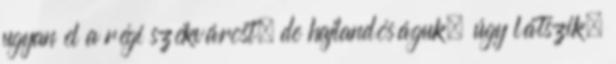
ugyan el a régi székvárost, de hajlandóságuk, úgy látszik,